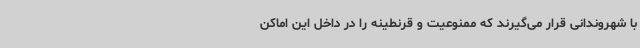
با شهروندانی قرار می‌گیرند که ممنوعیت و قرنطینه را در داخل این اماکن